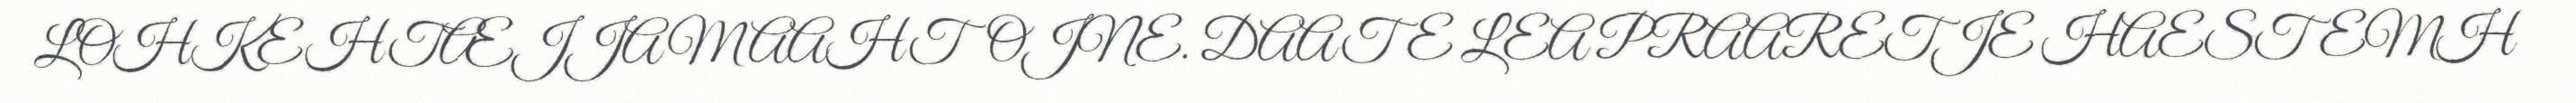
LOHKEHTÆJJAMAAHTOJNE. DAATE LEA PRAARETJE HAESTEMH